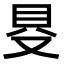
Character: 𠭁